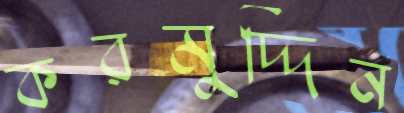
করমুদ্দিন